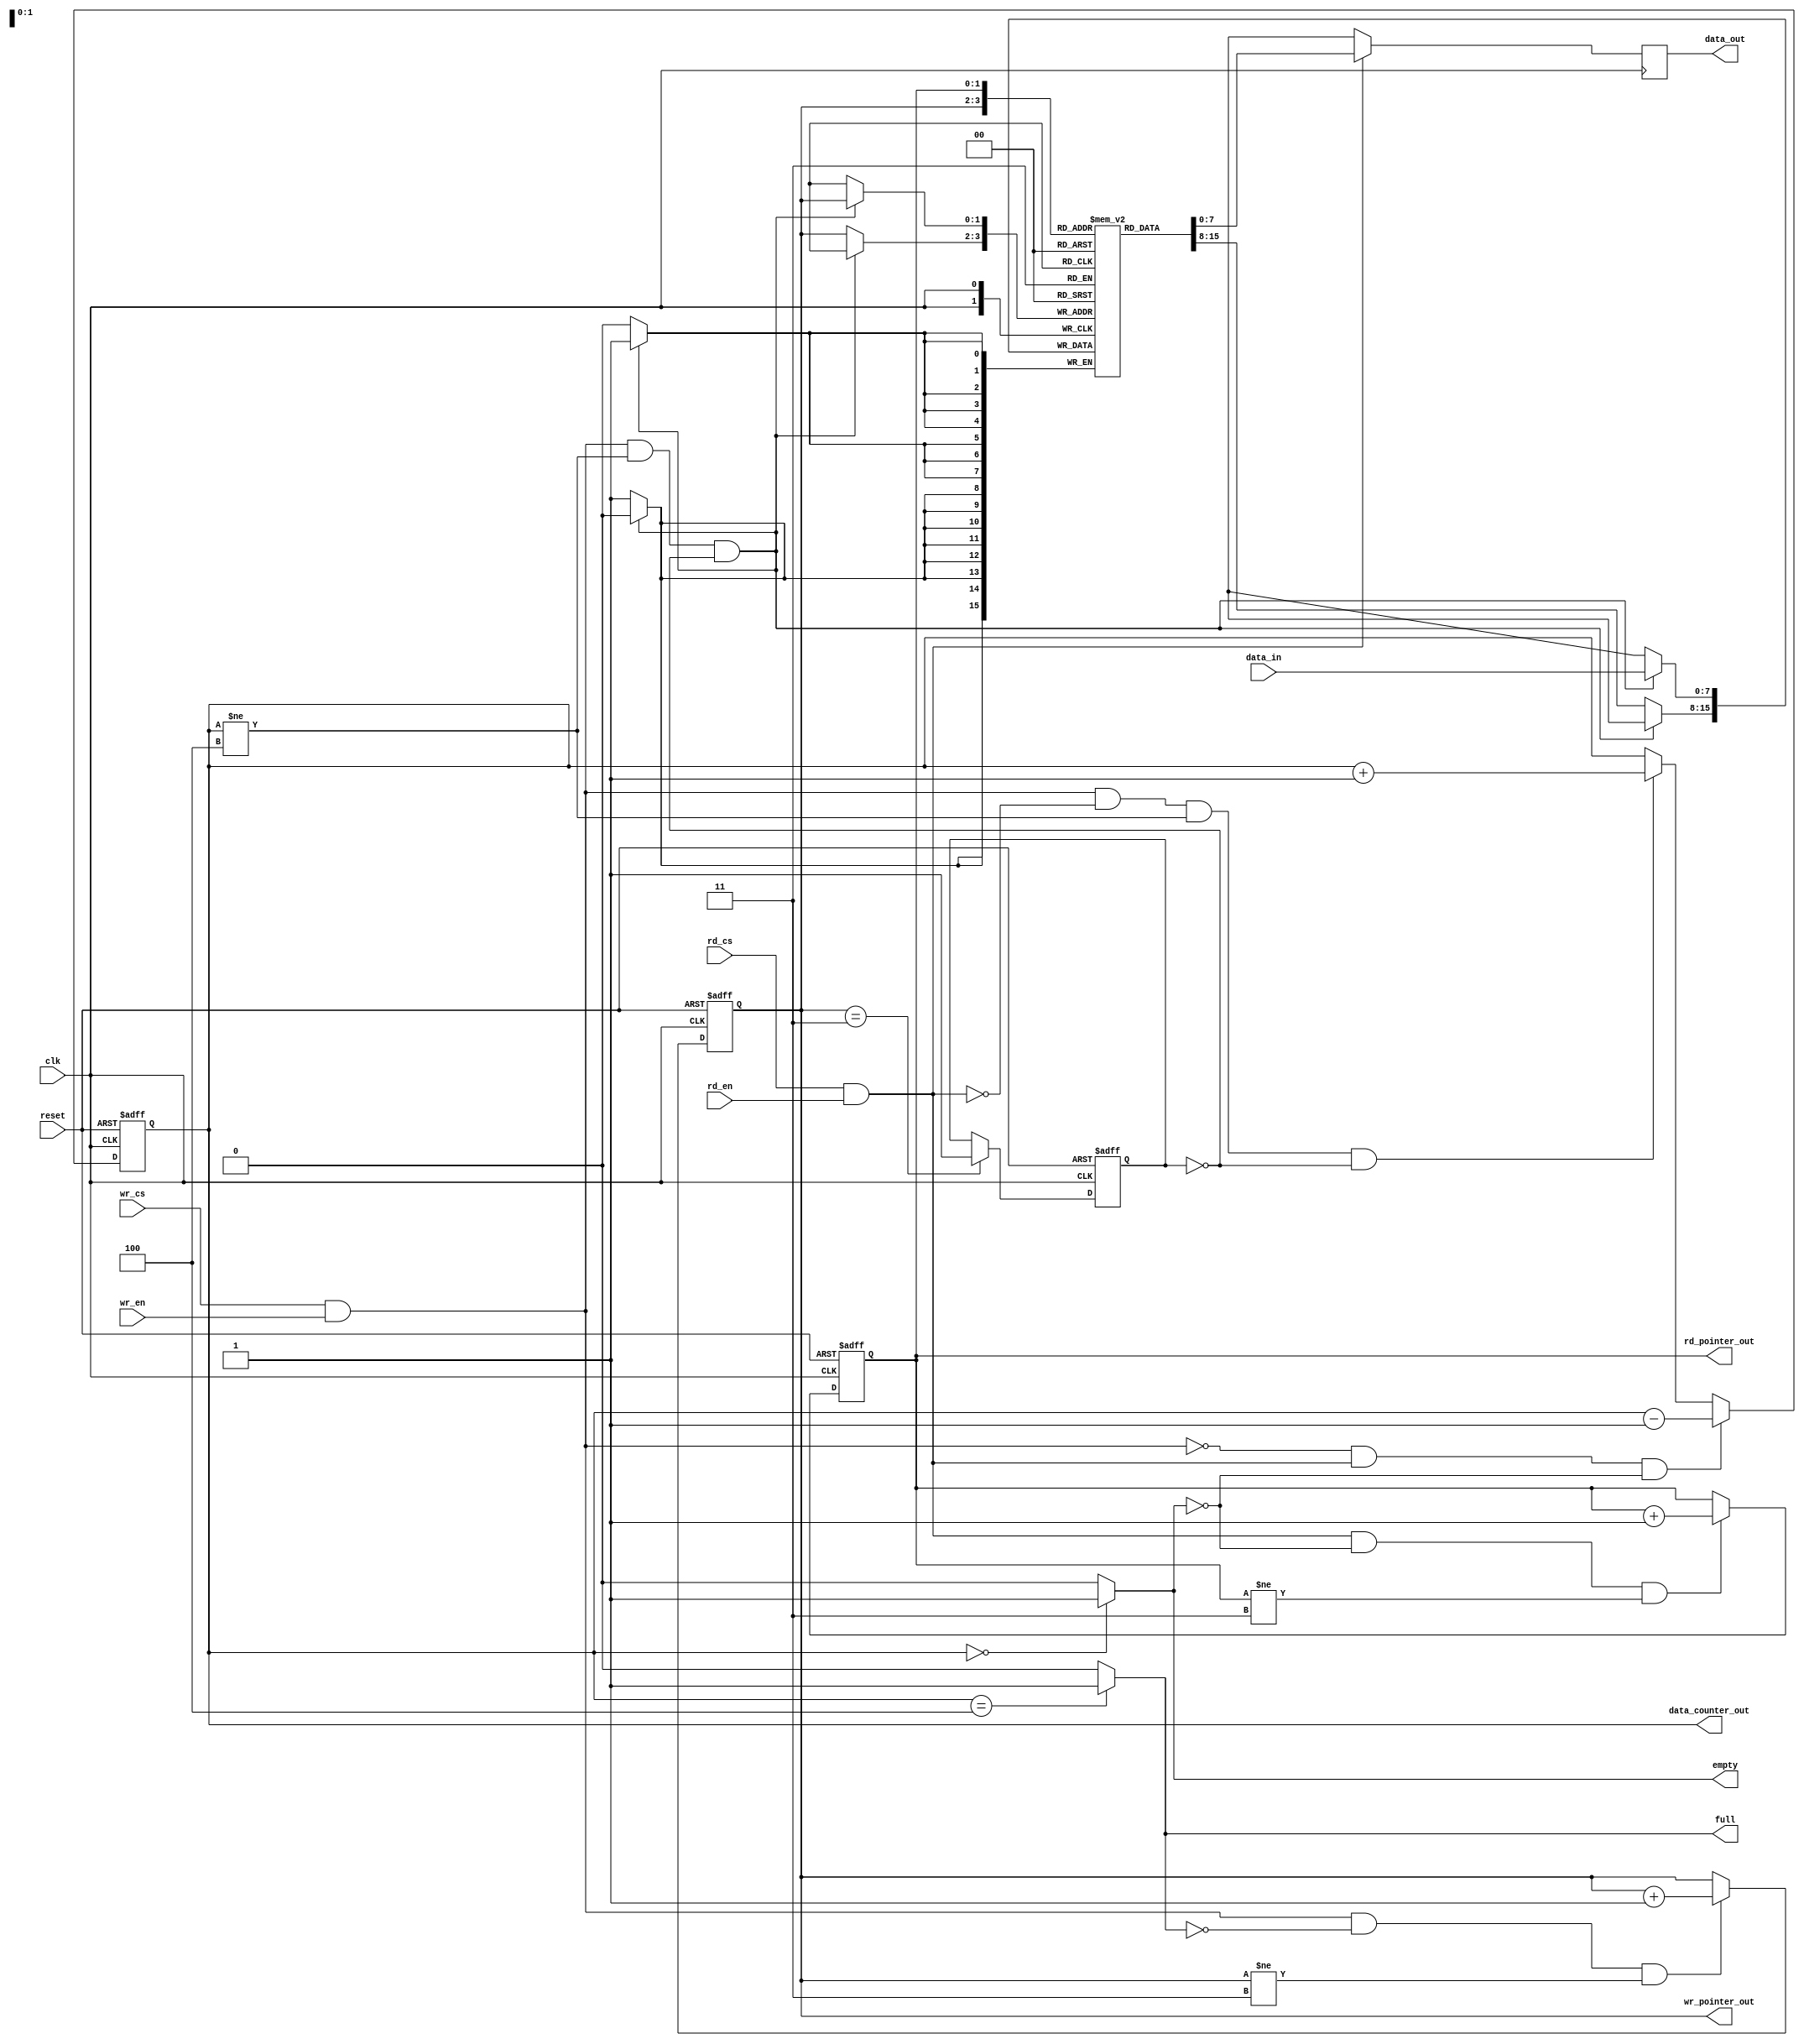
`timescale 1 ns / 1 ps

module non_circular_fifo_rev1
    #(  parameter   DATA_WIDTH  =   8,
        parameter   ADDR_WIDTH  =   2,
        parameter   RAM_DEPTH   =   1<< ADDR_WIDTH ) //double left shifting means RAM_DEPTH = 4
(
    //----------------------------------------------------------------
    // Input Ports
    //----------------------------------------------------------------
    input                               clk,			//  input clock
    input                               reset,		//  active high reset
    input                               wr_cs,		//  write chip select
    input                               rd_cs,		//  read chip select
    input           [DATA_WIDTH-1:0]    data_in,	//  8bit data_in
    input										rd_en,      //  read enable
    input                               wr_en,		//  write enable

    //----------------------------------------------------------------
    // Output Ports
    //----------------------------------------------------------------
    output  reg     [DATA_WIDTH-1:0]    data_out,   //  8bit data out
    output  wire                        full,       //  FIFO full
    output  wire                        empty,       //  FIFO empty
	 
	 //wire-type data declaration to check for reg data
	 output wire [ADDR_WIDTH:0]			 data_counter_out,
	 output wire [ADDR_WIDTH-1:0]   		 wr_pointer_out, 
	 output wire [ADDR_WIDTH-1:0]   		 rd_pointer_out 	
);

//----------------------------------------------------------------
// internal variables declaration
//----------------------------------------------------------------
reg     [ADDR_WIDTH-1:0]    wr_pointer;             // 2bit regs that can represent 4 address
reg     [ADDR_WIDTH-1:0]    rd_pointer;             // 2bit regs
reg     [DATA_WIDTH-1:0]    memory [0:RAM_DEPTH-1]; // 8bit*4addr memory declaration  
reg     [ADDR_WIDTH:0]      data_counter;           // 3bit regs
reg                         wr_full;                // 1bit regs
//----------------------------------------------------------------
// code for operation start
//----------------------------------------------------------------

//  output port
assign  full        =   ( data_counter == ( RAM_DEPTH ) ) ? 1'b1 : 1'b0;  //data_counter 4 means data full
assign  empty       =   ( data_counter == 1'b0 ) ? 1'b1 : 1'b0;           //data_counter 0 means data empty


//wire-type data declaration to check for reg data on simulation
assign data_counter_out = data_counter;
assign wr_pointer_out = wr_pointer;
assign rd_pointer_out = rd_pointer;


//  write pointer move
always @ ( posedge clk or posedge reset )
begin: WRITE_POINTER
    if ( reset )                                   //if reset=1
    begin
        wr_pointer  <=  'd0;                       // wr_pointer=0
        wr_full     <=  1'b0;                      //wr_full=0
    end
    else 
    begin
        // check write chip selct, enable signal and write pointer 
        if ( wr_cs && wr_en && !full && (wr_pointer != RAM_DEPTH-1))
            wr_pointer  <=  wr_pointer + 'd1; // increase the write pointer
        else 
        	wr_pointer 	<=	wr_pointer;

        // if wr_pointer== RAM_DEPTH-1, wr_full=1
        if ( wr_pointer == RAM_DEPTH-1 )
            wr_full     <=  1'b1; //it means data is full
        else
        	wr_full 	<=	wr_full; // if not, keep its value 
    end
end

//  read pointer move
always @ ( posedge clk or posedge reset )
begin: READ_POINTER
    if ( reset )
    begin
        rd_pointer  <=  'd0;   //if reset=1, rd_pointer=0
    end
    else
    begin
        if ( rd_cs && rd_en && !empty && ( rd_pointer!=RAM_DEPTH-1 ) )  //rd_pointer increments by 1 in this condition
            rd_pointer  <=  rd_pointer + 'd1;
        else 
        	rd_pointer 	<=	rd_pointer;     //if not, keep its value
    end
end

//  data write
always @ ( posedge clk )
begin: DATA_WRITE
    if ( wr_cs && wr_en  && ( data_counter != RAM_DEPTH ) && !wr_full )
		// blank
		// --> write data_in into memory location that is pointed by wr_pointer
		memory[wr_pointer] <= data_in;
    else 
    	memory[wr_pointer] <= memory[wr_pointer]; 
end

//  data read
always @ ( posedge clk )
begin: DATA_READ
    if ( rd_cs && rd_en ) 
        // blank
        // --> read data from memory location that is pointed by rd_pointer
        data_out <= memory[rd_pointer];
    else
        data_out <= 'hx; 
end

//  data counter move
always @ ( posedge clk or posedge reset )
begin: DATA_COUNTER
    if ( reset )  //data counter reset
    begin
        data_counter    <=  'd0;
    end
    else
    begin
        if (!( wr_cs && wr_en ) && ( rd_cs && rd_en ) && !empty)          // blank
            // decrement data_counter
            // : due to the read operation of one element
            // : without any writing new element
            data_counter <= data_counter - 1;
        else if ( ( wr_cs && wr_en ) && ! ( rd_cs && rd_en ) && ( data_counter != RAM_DEPTH ) && !wr_full )    //  write and no read
            // increment data_counter
            // : due to the insertion of one element
            data_counter <= data_counter + 1;
        else
            // if not, keep it's original value
            data_counter <= data_counter;
    end
end

endmodule